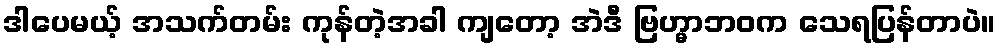
ဒါပေမယ့် အသက်တမ်း ကုန်တဲ့အခါ ကျတော့ အဲဒီ ဗြဟ္မာဘဝက သေရပြန်တာပဲ။